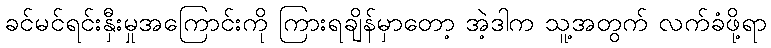
ခင်မင်ရင်းနှီးမှုအကြောင်းကို ကြားရချိန်မှာတော့ အဲ့ဒါက သူ့အတွက် လက်ခံဖို့ရာ